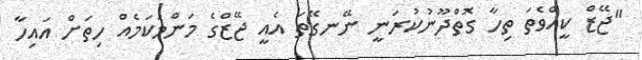
"ޖޭޒް ކީއްވެތަ ތިހާ ގޮތްދޫނުކުރަނީ ނޭނގޭތަ އެއީ ޖޭޒްގެ މަންމަކަމެއް ހިތަށް އައިހާ